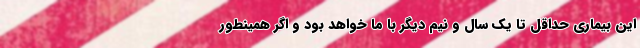
این بیماری حداقل تا یک سال و نیم دیگر با ما خواهد بود و اگر همینطور